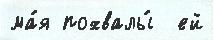
ма́я похвалы́  ей